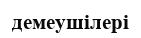
демеушілері